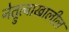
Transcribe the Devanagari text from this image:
नेत्रुत्वाखालील